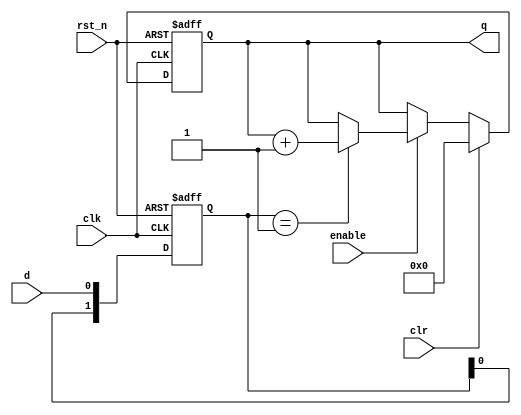
// apes_counter.v
/******************************************************************************
*
* Module:       apes_counter
* Description:   
*
* Organization: SwRI - Space Science and Engineering Divsion (15)
* Phone:        210-522-3837
*
* Comments:
*   
*
*  child of:     
* parent of:
*
* Revisions:  - Base, 09/12/2013, J. Trevino, SwRI

*                 
*
******************************************************************************/

// Set simulator time unit / resolution
`timescale 1 ns / 100 ps

module apes_counter 
       (clk, rst_n, enable,
        clr, d, q);
parameter     n = 10;

input         clk;                   
input         rst_n;
input         clr;                  
input         enable;
input         d;

output   [(n-1):0]     q;
 
reg [(n-1):0] q = 0;
reg [1:0] d_shft;       //d shift in

 
always @(posedge clk or negedge rst_n) 
 if (!rst_n) 
 begin
   q <= 0;
   d_shft <= 2'b00;
 end 
 else 
 begin 
   d_shft <= {d_shft[0], d};
   
   if (clr) 
     q <= 0;
   else if (enable)
   begin
     if (d_shft == 2'b01)
        q <= q + 1;
    end
  end

endmodule